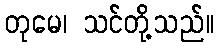
တုမေ၊ သင်တို့သည်။